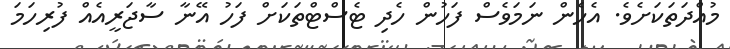
މުއްދަތަކަށެވެ. އެހެން ނަމަވެސް ފަހުން ހެދި ޓެސްޓްތަކަށް ފަހު އޭނާ ސާޖަރީއެއް ފުރިހަމަ